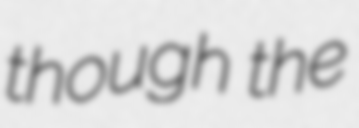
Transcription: though the